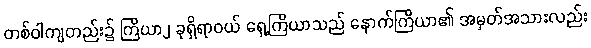
တစ်ဝါကျတည်း၌ ကြိယာ၂ ခုရှိရာဝယ် ရှေ့ကြိယာသည် နောက်ကြိယာ၏ အမှတ်အသားလည်း